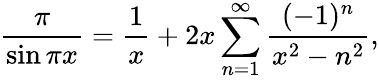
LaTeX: {\frac{\pi}{\sin\pi x}}={\frac{1}{x}}+2x\sum_{n=1}^{\infty}{\frac{(-1)^{n}}{x^{2}-n^{2}}},